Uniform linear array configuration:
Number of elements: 48
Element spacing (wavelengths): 0.75
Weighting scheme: binomial
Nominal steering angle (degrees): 45
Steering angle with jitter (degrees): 43.983
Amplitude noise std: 0.05
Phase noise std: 0.05

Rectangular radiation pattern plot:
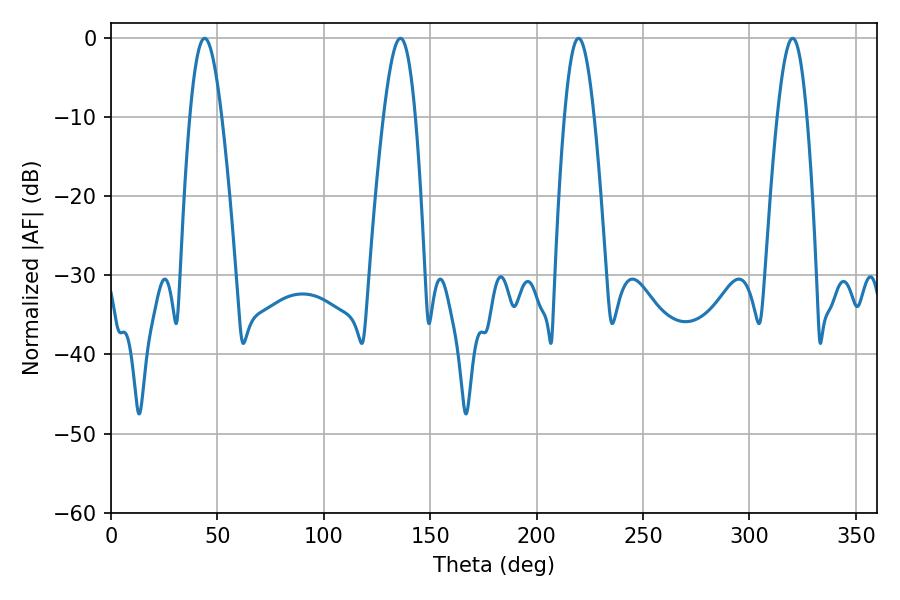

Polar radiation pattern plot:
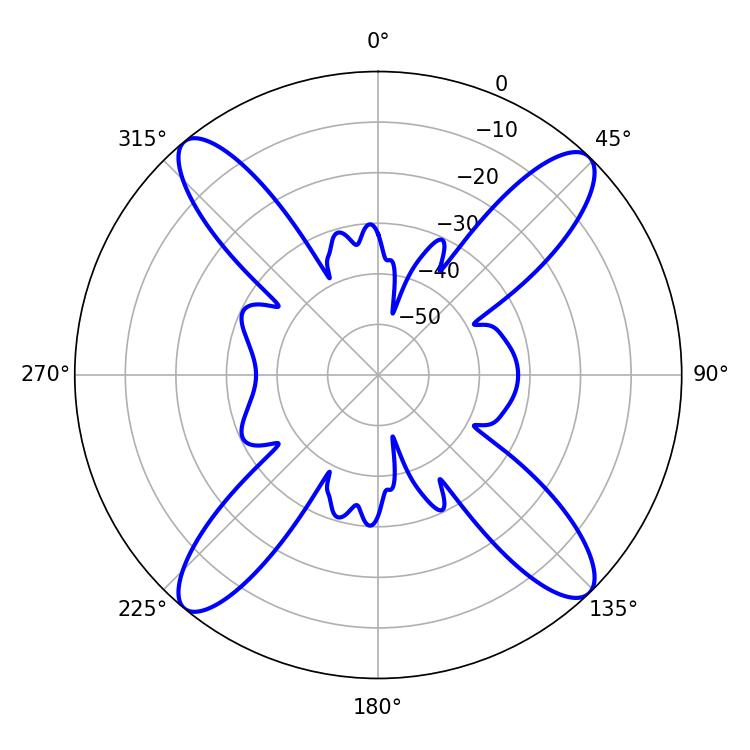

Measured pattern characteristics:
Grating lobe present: TRUE
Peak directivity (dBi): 18.14
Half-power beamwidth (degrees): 8.1
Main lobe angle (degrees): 43.92